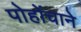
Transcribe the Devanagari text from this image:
पोहोंचाने